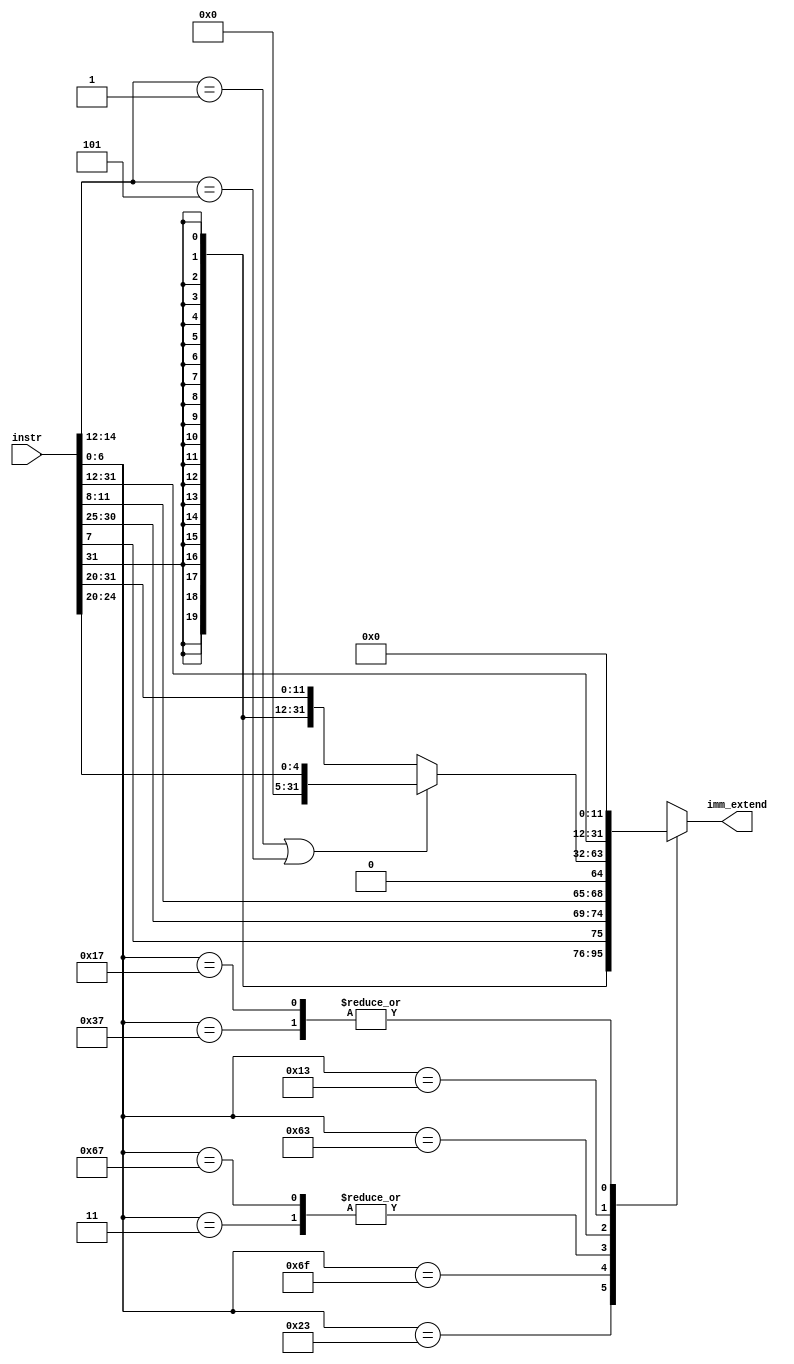

module Imm_Extend(
	// Input signals
	input wire [31:0] instr,
	// Output signals	
	output reg [31:0] imm_extend
);

	wire [6:0] opcode = instr[6:0];

    always @(*) begin
        casex(opcode) // check i_opcode
            7'b0000011: imm_extend = { {20{instr[31]}} , instr[31:20] };                                        // LW
            7'b0100011: imm_extend = { {20{instr[31]}} , instr[31:25] , instr[11:7] };                          // SW
            7'b1101111: imm_extend = { {12{instr[31]}} , instr[19:12] , instr[20] , instr[30:21] , 1'b0 };      // JAL
            7'b1100111: imm_extend = { {20{instr[31]}} , instr[31:20] };                                        // JALR
            7'b1100011: imm_extend = { {20{instr[31]}} , instr[7] , instr[30:25] , instr[11:8] , {1{1'b0}} };   // Branch
            7'b0110111: imm_extend = { instr[31:12], {12'b000000000000} };                                      // lui
            7'b0010011: 
            begin
                if((instr[14:12] == 3'b001) | (instr[14:12] == 3'b101))                                     // slli/srli/srlai
                        imm_extend <= { {27'b0} , instr[24:20] };
                else 
                    imm_extend <= { {20{instr[31]}} , instr[31:20] };                                            // ADDI/ANDI/ORI/XORI                                            
            end
            7'b0010111: imm_extend <= {instr[31:12], 12'd0}; // auipc
            default: imm_extend <= 32'bx;
        endcase
    end
endmodule